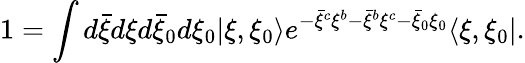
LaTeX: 1=\int d{\bar{\xi}}d\xi d{\bar{\xi}}_{0}d\xi_{0}|\xi,\xi_{0}\rangle e^{-{\bar{\xi}}^{c}\xi^{b}-{\bar{\xi}}^{b}\xi^{c}-{\bar{\xi}}_{0}\xi_{0}}\langle\xi,\xi_{0}|.